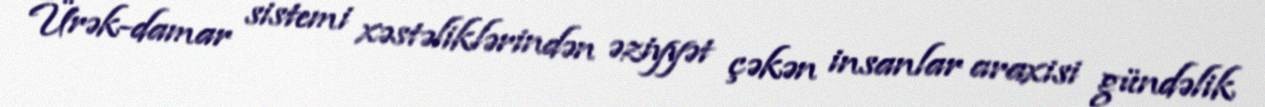
Ürək-damar sistemi xəstəliklərindən əziyyət çəkən insanlar araxisi gündəlik